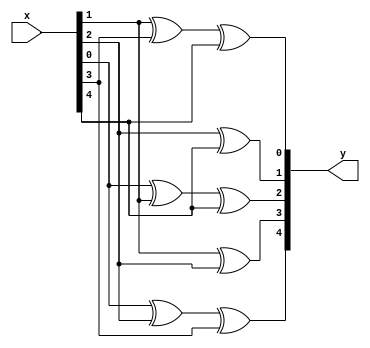
module rsdec_chien_scale7 (y, x);
	input [4:0] x;
	output [4:0] y;
	reg [4:0] y;
	always @ (x)
	begin
		y[0] = x[1] ^ x[3] ^ x[4];
		y[1] = x[2] ^ x[4];
		y[2] = x[0] ^ x[1] ^ x[4];
		y[3] = x[1] ^ x[2];
		y[4] = x[0] ^ x[2] ^ x[3];
	end
endmodule